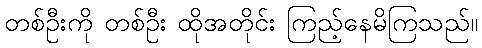
တစ်ဦးကို တစ်ဦး ထိုအတိုင်း ကြည့်နေမိကြသည်။